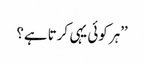
’’ہر کوئی یہی کرتا ہے؟